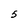
Character: 5